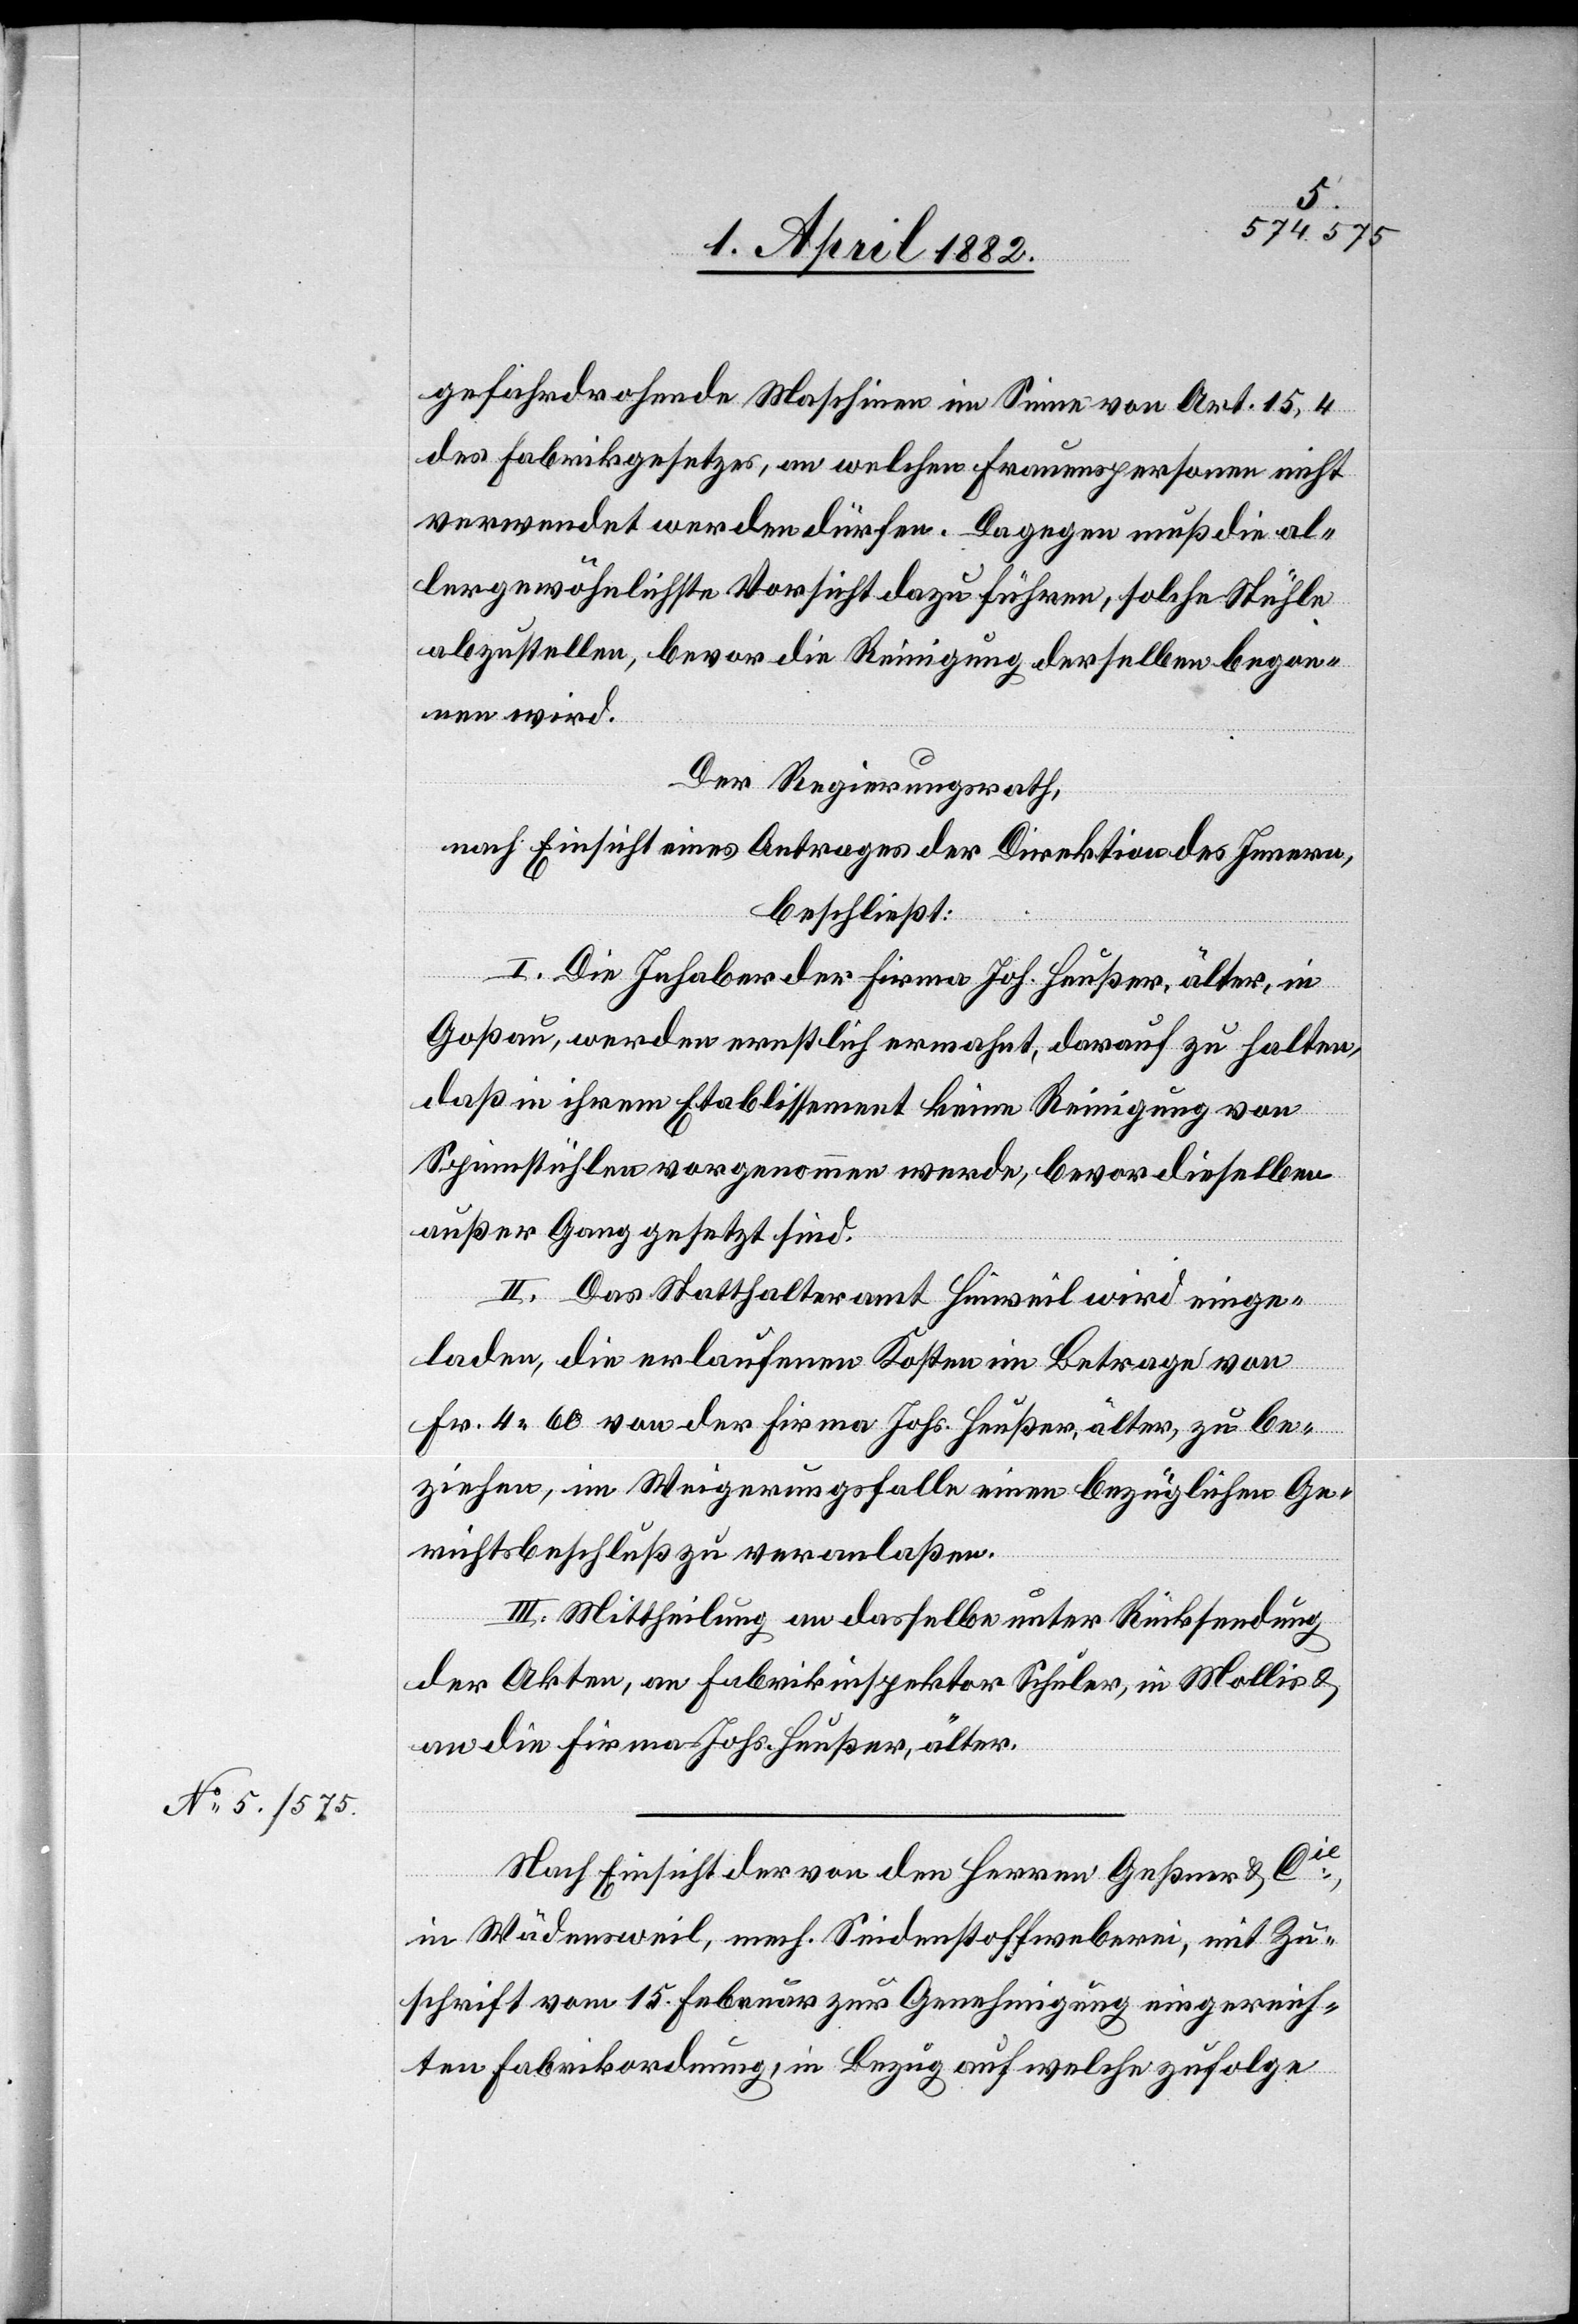
gefahrdrohende Maschinen im Sinne von Art. 15,4
des Fabrikgesetzes, an welchen Frauenspersonen nicht
verwendet werden dürfen. Dagegen muß die al¬
lergewöhnlichste Vorsicht dazu führen, solche Stühle
abzustellen, bevor die Reinigung derselben begon¬
nen wird.
Der Regierungsrath,
nach Einsicht eines Antrages der Direktion des Innern,
beschließt:
I. Die Inhaber der Firma Joh. Heußer, älter, in
Goßau, werden ernstlich ermahnt, darauf zu halten,
daß in ihrem Etablissement keine Reinigung von
Spinnstühlen vorgenommen werde, bevor dieselben
außer Gang gesetzt sind.
II. Das Statthalteramt Hinweil wird einge¬
laden, die erlaufenen Kosten im Betrage von
Fr. 4 60 von der Firma Johs. Heußer, älter, zu be¬
ziehen, im Weigerungsfalle einen bezüglichen Ge¬
richtsbeschluß zu veranlaßen.
III. Mittheilung an dasselbe unter Rücksendung
der Akten, an Fabrikinspektor Schuler, in Mollis &
an die Firma Johs. Heußer, älter.
Nach Einsicht der von den Herren Geßner & Cie,
in Wädensweil, mech. Seidenstoffweberei, mit Zu¬
schrift vom 15. Februar zur Genehmigung eingereich¬
ten Fabrikordnung, in Bezug auf welche zufolge